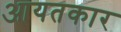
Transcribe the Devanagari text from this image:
आयतकार